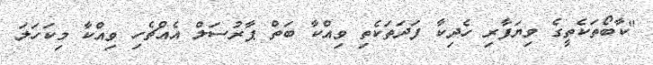
"ކާބޯތަކެތީގެ ވިޔަފާރި ހެދިކާ ފަދަތަކެތި ވިއްކާ ބަތް ޕާރުސަލް އެއްޗެހި ވިއްކާ މިކަހަލަ